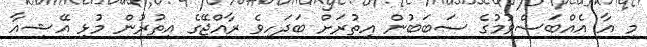
މި އާ އެއްބަސްވުމުގެ ސަބަބުން އިތުރަށް ބަދަހިވެ ރާއްޖޭގެ އިތުރުން މުޅި އޭޝިއާ